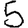
Digit: 5